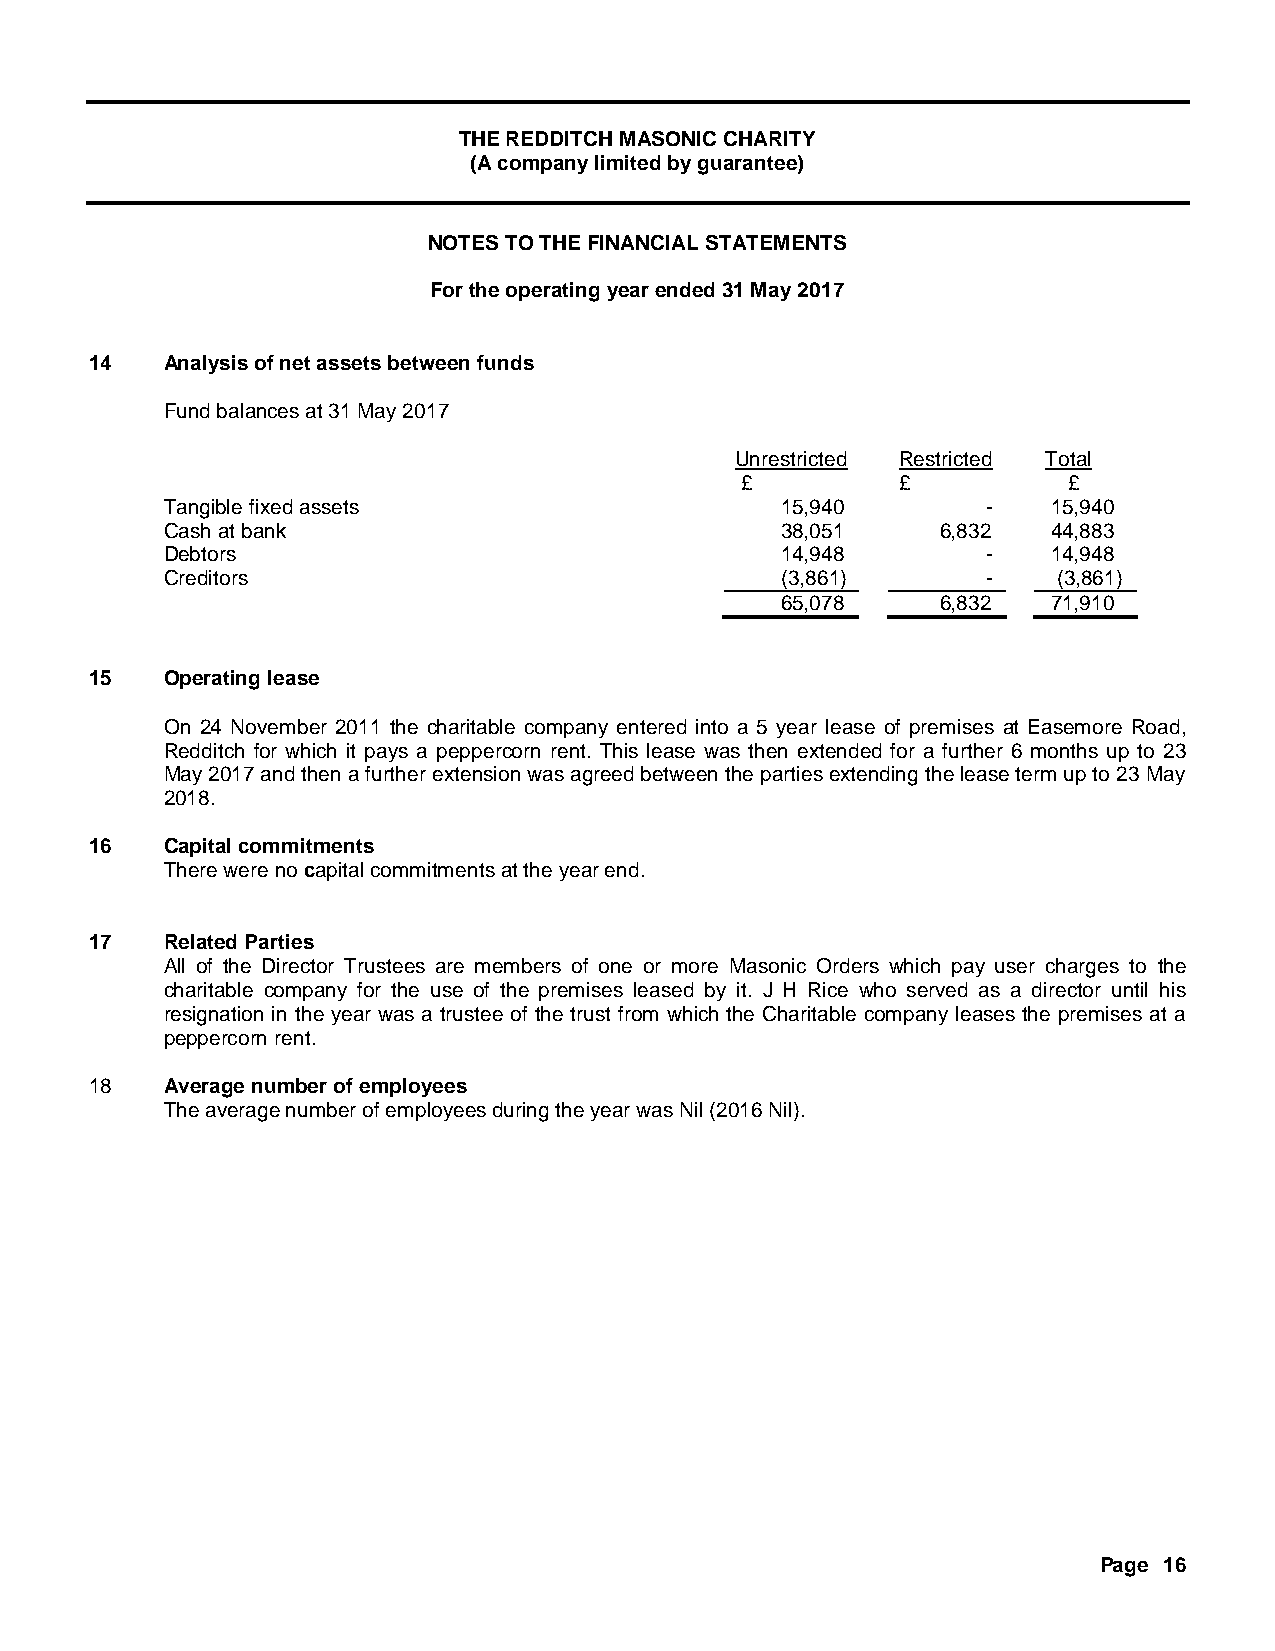
THE REDDITCH MASONIC CHARITY
 (A company limited by guarantee)
 NOTES TO THE FINANCIAL STATEMENTS
 For the operating year ended 31 May 2017
 14   Analysis of net assets between funds
 Fund balances at 31 May 2017
 Unrestricted Restricted Total
 £          £          £
 Tangible fixed assets                    15,940       -    15,940
 Cash at bank                             38,051    6,832   44,883
 Debtors                                  14,948       -    14,948
 Creditors                                (3,861)      -    (3,861)
 65,078    6,832   71,910
 15   Operating lease
 On 24 November 2011 the charitable company entered into a 5 year lease of premises at Easemore Road,
 Redditch for which it pays a peppercorn rent. This lease was then extended for a further 6 months up to 23
 May 2017 and then a further extension was agreed between the parties extending the lease term up to 23 May
 2018.
 16   Capital commitments
 There were no capital commitments at the year end.
 17   Related Parties
 All of the Director Trustees are members of one or more Masonic Orders which pay user charges to the
 charitable company for the use of the premises leased by it. J H Rice who served as a director until his
 resignation in the year was a trustee of the trust from which the Charitable company leases the premises at a
 peppercorn rent.
 18   Average number of employees
 The average number of employees during the year was Nil (2016 Nil).
 Page 16